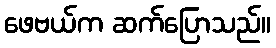
ဖေဗယ်က ဆက်ပြောသည်။